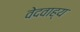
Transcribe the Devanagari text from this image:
वेदवाह्य